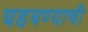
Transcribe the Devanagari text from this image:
घडवण्याची